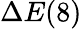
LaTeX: \Delta E(8)